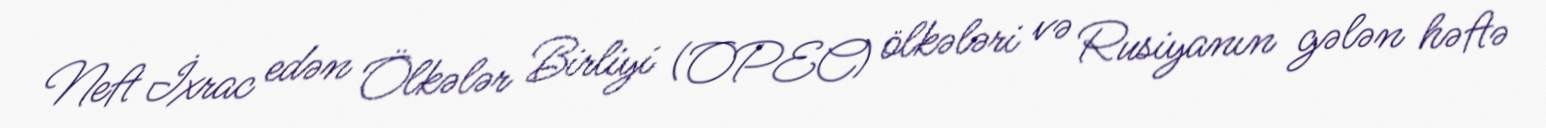
Neft İxrac edən Ölkələr Birliyi (OPEC) ölkələri və Rusiyanın gələn həftə